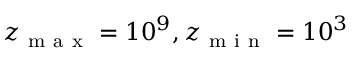
z _ { \mathrm { ~ m ~ a ~ x ~ } } = 1 0 ^ { 9 } , z _ { \mathrm { ~ m ~ i ~ n ~ } } = 1 0 ^ { 3 }